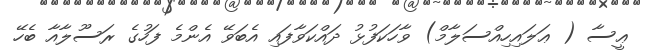
ޢީސާ ( ޢަލައިހިއްސަލާމް) ވާހަކަފުޅު ދައްކަވާފައި އެބަވޭ އެންމެ ފަހުގެ ރަސޫލާއާ ބެހޭ